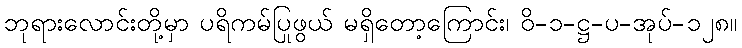
ဘုရားလောင်းတို့မှာ ပရိကမ်ပြုဖွယ် မရှိတော့ကြောင်း၊ ဝိ-၁-ဋ္ဌ-ပ-အုပ်-၁၂၈။